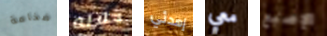
ضخامة خلاله إهدئي معي الإصبع